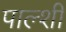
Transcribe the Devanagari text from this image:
पाल्शी